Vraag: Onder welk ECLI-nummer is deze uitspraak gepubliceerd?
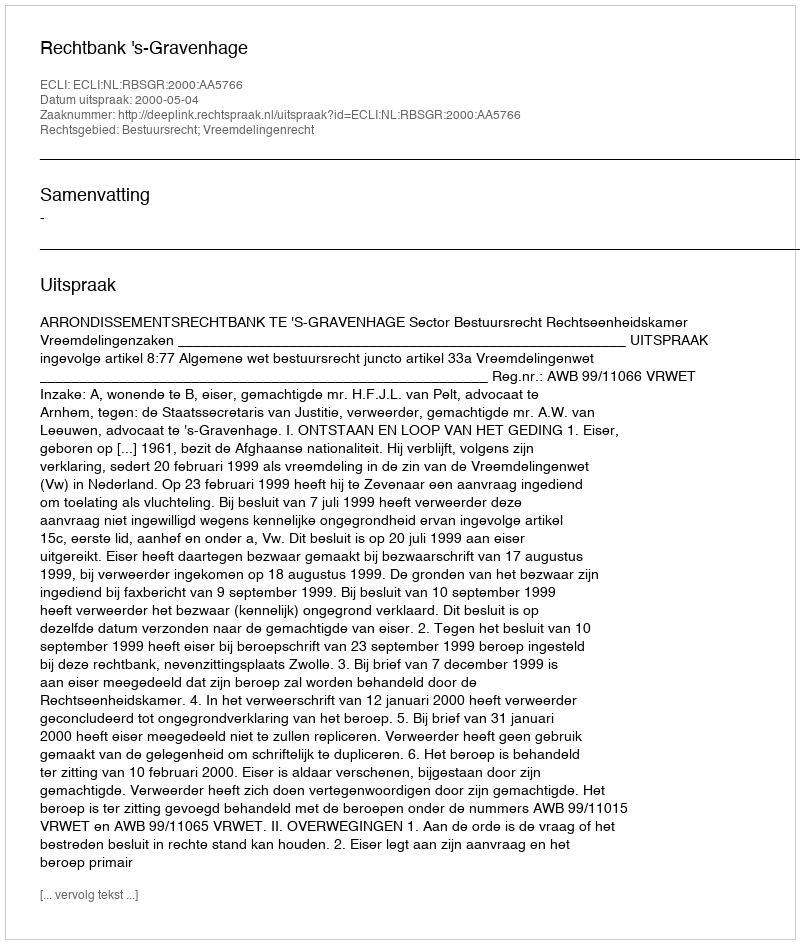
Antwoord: ECLI:NL:RBSGR:2000:AA5766